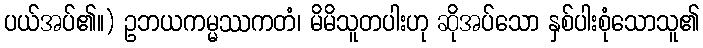
ပယ်အပ်၏။) ဥဘယကမ္မဿကတံ၊ မိမိသူတပါးဟု ဆိုအပ်သော နှစ်ပါးစုံသောသူ၏